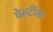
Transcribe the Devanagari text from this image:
वेल्टींस